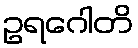
ဥရဂေါတိ